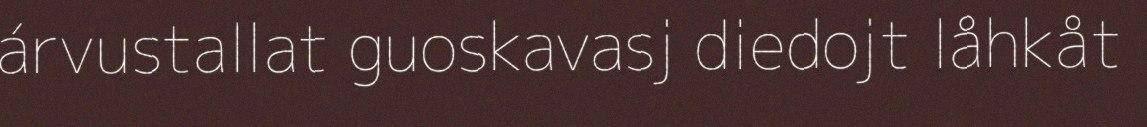
árvustallat guoskavasj diedojt låhkåt